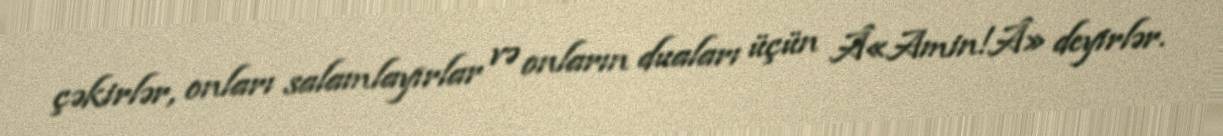
çəkirlər, onları salamlayırlar və onların duaları üçün Â«Amin!Â» deyirlər.